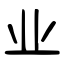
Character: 业